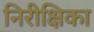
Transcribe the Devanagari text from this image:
निरीक्षिका